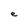
Character: e